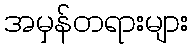
အမှန်တရားများ